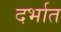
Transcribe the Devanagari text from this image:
दर्भात